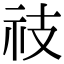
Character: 䃽